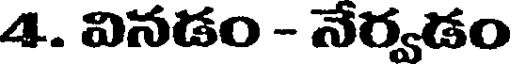
4. వినడం - నేర్వడం